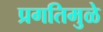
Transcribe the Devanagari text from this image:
प्रगतिमुळे